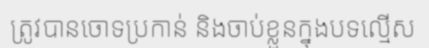
ត្រូវបានចោទប្រកាន់ និងចាប់ខ្លួនក្នុងបទល្មើស